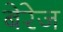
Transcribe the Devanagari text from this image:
बेरेज